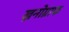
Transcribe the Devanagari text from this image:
ख्रनोग्राफ